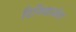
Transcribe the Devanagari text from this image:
टिनिडाज़ोल